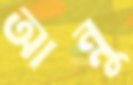
আন্নু